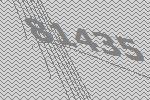
81435